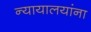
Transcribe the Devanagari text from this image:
न्यायालयांना